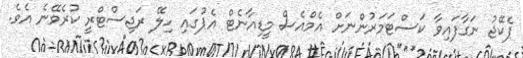
ޕެކޭޖު ނަގާފައިވާ ކަސްޓަމަރުންނަށް އެމްއެސް މީޑިއާނެޓް އެޕުގައި ހިލޭ ރަޖިސްޓްރީ ކުރެވޭނެ އެވެ.